Report on enteric fever
Disease focus: Fever
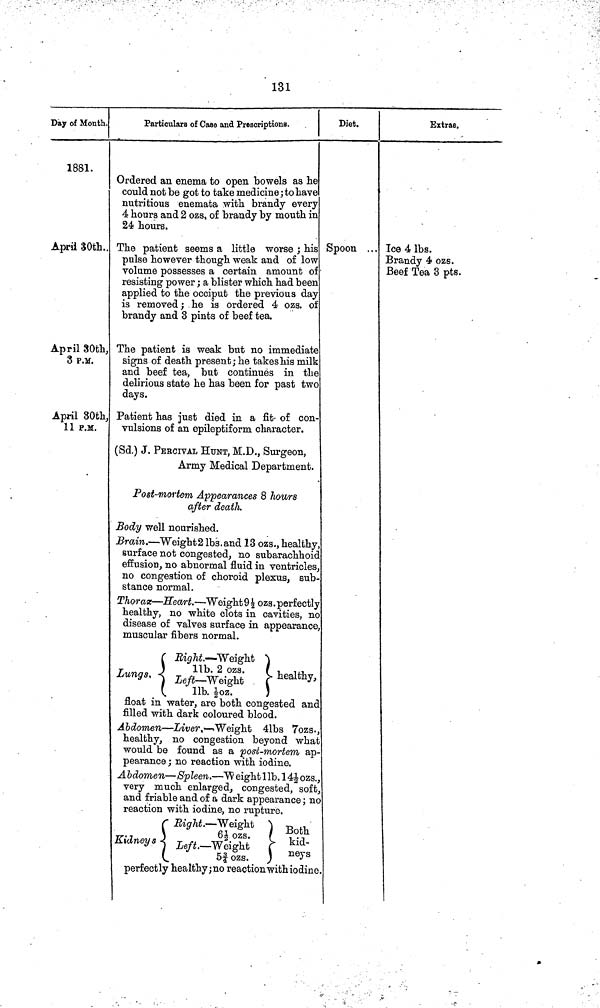
' 131
Day of Month.
1881.
April 30th.,
April 30th,
3 P.M.
April 30th,
11 P.M.
Particulars of Case and Prescriptions.
Ordered an enema to open bowels as he
could not be got to take medicine; to have
nutritious enemata with brandy every
4 hours and 2 ozs, of brandy by mouth in
24 hours.
The patient seems a little worse ; his
pulse however though weak and of low
volume possesses a certain amount of
resisting power ; a blister which had been
applied to the occiput the previous day
is removed ; he is ordered 4 ozs. of
brandy and 3 pints of beef tea.
The patient is weak but no immediate
signs of death present; he takes his milk
and beef tea, but continues in the
delirious state he has been for past two
days.
Patient has just died in a fit of con-
vulsions of an epileptiform character.
(Sd.) J. PERCIVAL HUNT, M.D., Surgeon,
Army Medical Department.
Post-mortem Appearances 8 hours
after death.
Body well nourished.
Brain. — Weight 2 lbs.and 13 ozs., healthy,
surface not congested, no subarachhoid
effusion, no abnormal fluid in ventricles.
no congestion of choroid plexus, sub-
stance normal.
Thorax — Heart. — Weight 9½ ozs. perfectly
healthy, no white clots in cavities, no
disease of valves surface in appearance,
muscular fibers normal.
( Eight.— Weight )
Lungs,
}
Left-Weight
{health,
(
11b.
½oz.
)
float in water, are both congested and
filled with dark coloured blood.
Abdomen — Liver,— Weight 41bs 7ozs.,
healthy, no congestion beyond what
would be found as a post-mortem ap-
pearance ; no reaction with iodine.
Abdomen — Spleen. — Weight 11b. 14½ozs.,
very much enlarged, congested, soft,
and friable and of a dark appearance ; no
reaction with iodine, no rupture.
( Right.— Weight
)
6½ ozs.
Kidneys
Left.-Weight
Kid-
5¾ ozs., ) ners
perfectly healthy;no reaction with iodine
Diet.
Spoon . . .
Extras.
Tce 4 lbs.
Brandy 4 ozs.
Beef Tea 3 pts.